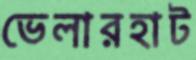
ভেলারহাট